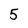
Character: 5